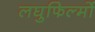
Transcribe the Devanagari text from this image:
लघुफिल्मों